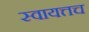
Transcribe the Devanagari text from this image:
स्वायत्तच